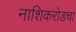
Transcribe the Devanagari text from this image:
नाशिकरोडचा